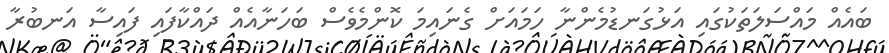
ބައެއް މައްސަލަތަކުގައި އަޅުގަނޑުމެންނާ ހަމައަށް ގެނައިމަ ކޮންމެވެސް ބަހަނާއެއް ދައްކާފައި ފައިސާ އަނބުރާ